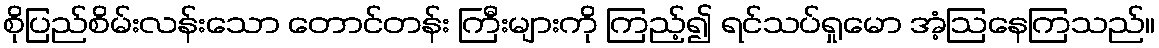
စိုပြည်စိမ်းလန်းသော တောင်တန်း ကြီးများကို ကြည့်၍ ရင်သပ်ရှုမော အံ့ဩနေကြသည်။